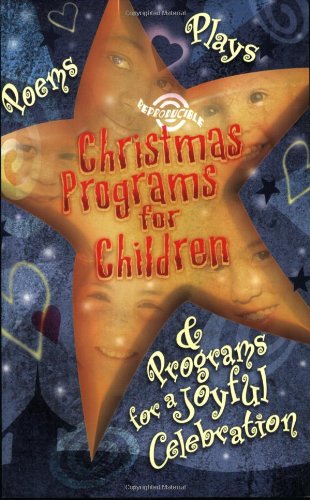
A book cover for Christmas Programs for Children: 2004 Edition (Shown Above); Standard Publishing; Christian Books & Bibles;